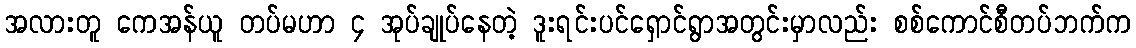
အလားတူ ကေအန်ယူ တပ်မဟာ ၄ အုပ်ချုပ်နေတဲ့ ဒူးရင်းပင်ရှောင်ရွာအတွင်းမှာလည်း စစ်ကောင်စီတပ်ဘက်က